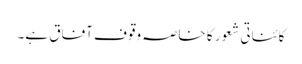
کائناتی شعور کا خاصہ وقوفِ آفاق ہے۔